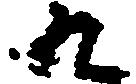
九